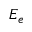
E _ { e }